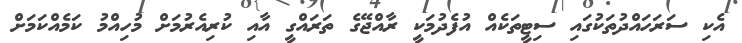
އެކި ސަރަހައްދުތަކުގައި ސިޓީތަކެއް އުފެދުމަކީ ރާއްޖޭގެ ތަރައްގީ އާއި ކުރިއެރުމަށް މުހިއްމު ކަމެއްކަމަށް